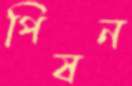
পিষন